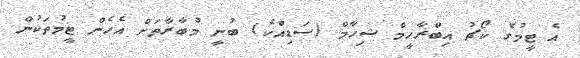
އެ ޓީމުގެ ކޯޗު އިބްރާހީމް ޝިހާމް (ސަޑިއްކެ) ބުނީ މުބާރާތަށް އެހެން ޓީމުތަކުން